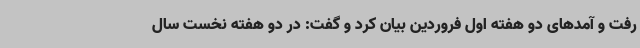
رفت و آمدهای دو هفته اول فروردین بیان کرد و گفت: در دو هفته نخست سال